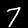
Label: 7